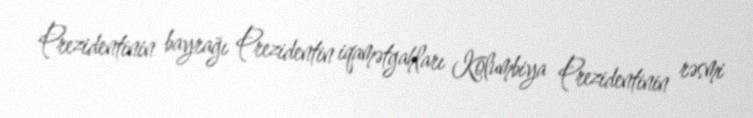
Prezidentinin bayrağı Prezidentin iqamətgahları Kolumbiya Prezidentinin rəsmi